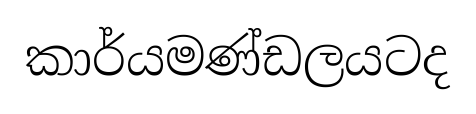
කාර්යමණ්ඩලයටද